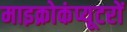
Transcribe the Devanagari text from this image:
माइक्रोकंप्यूटरों